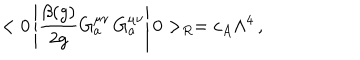
LaTeX: < 0 \left| \frac { \beta ( g ) } { 2 g } G _ { a } ^ { \mu \nu } \, G _ { a } ^ { \mu \nu } \right| 0 > _ { R } = c _ { A } \Lambda ^ { 4 } \, ,